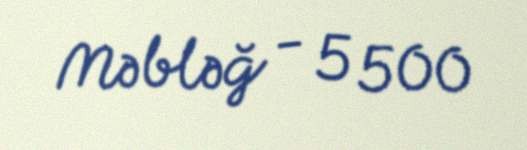
Məbləğ - 5 500